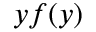
y f ( y )